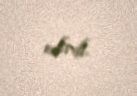
edirdi.